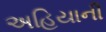
અહિયાની